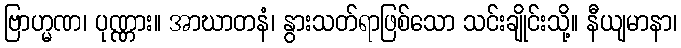
ဗြာဟ္မဏ၊ ပုဏ္ဏား။ အာဃာတနံ၊ နွားသတ်ရာဖြစ်သော သင်းချိုင်းသို့။ နီယျမာနာ၊